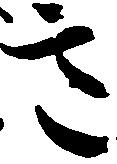
意